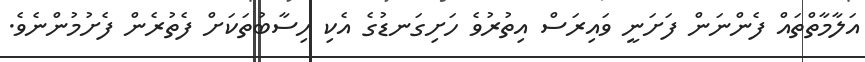
އަލާމާތްތައް ފެންނަން ފަށަނީ ވައިރަސް އިތުރުވެ ހަށިގަނޑުގެ އެކި ހިސާބުތަކަށް ފެތުރެން ފެށުމުންނެވެ.